Document type: Emphyteutic lease
Year: 1295
Scribe: Pere de Noguera, prevere
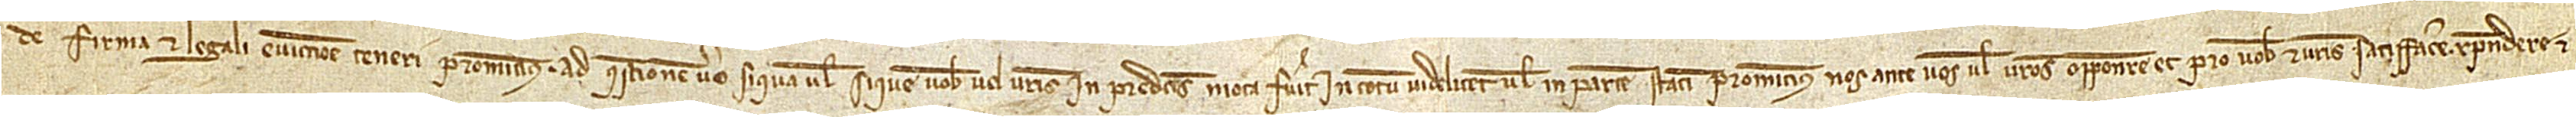
de firma et legali eviccione teneri promitimus. Ad questionem vero si qua vel si que vobis vel vestris in predictis mota fuerit, in totum videlicet vel in partem statim promitimus nos ante vos vel vestros opponere et pro vobis et vestris satisfacere, respondere et